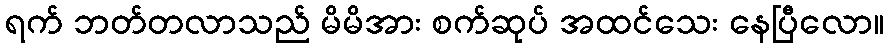
ရက် ဘတ်တလာသည် မိမိအား စက်ဆုပ် အထင်သေး နေပြီလော။